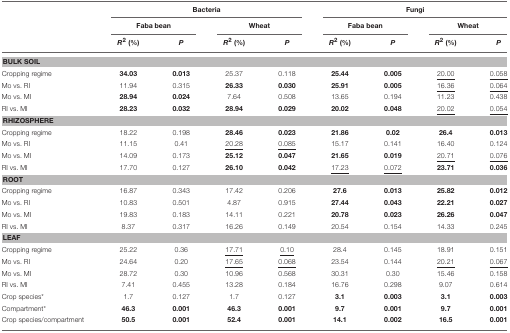
<table><thead><tr><td></td><td colspan="4"><b>Bacteria</b></td><td colspan="4"><b>Fungi</b></td></tr><tr><td></td><td colspan="2"><b>Faba bean</b></td><td colspan="2"><b>Wheat</b></td><td colspan="2"><b>Faba bean</b></td><td colspan="2"><b>Wheat</b></td></tr><tr><td></td><td><b><i>R</i><sup>2</sup> (%)</b></td><td><b><i>P</i></b></td><td><b><i>R</i><sup>2</sup> (%)</b></td><td><b><i>P</i></b></td><td><b><i>R</i><sup>2</sup> (%)</b></td><td><b><i>P</i></b></td><td><b><i>R</i><sup>2</sup> (%)</b></td><td><b><i>P</i></b></td></tr></thead><tbody><tr><td colspan="9"><b>BULK SOIL</b></td></tr><tr><td>Cropping regime</td><td><b>34.03</b></td><td><b>0.013</b></td><td>25.37</td><td>0.118</td><td><b>25.44</b></td><td><b>0.005</b></td><td><underline>20.00</underline></td><td><underline>0.058</underline></td></tr><tr><td>Mo vs. RI</td><td>11.94</td><td>0.315</td><td><b>26.33</b></td><td><b>0.030</b></td><td><b>25.91</b></td><td><b>0.005</b></td><td><underline>16.36</underline></td><td><underline>0.064</underline></td></tr><tr><td>Mo vs. MI</td><td><b>28.94</b></td><td><b>0.024</b></td><td>7.64</td><td>0.508</td><td>13.65</td><td>0.194</td><td>11.23</td><td>0.438</td></tr><tr><td>RI vs. MI</td><td><b>28.23</b></td><td><b>0.032</b></td><td><b>28.94</b></td><td><b>0.029</b></td><td><b>20.02</b></td><td><b>0.048</b></td><td><underline>20.02</underline></td><td><underline>0.054</underline></td></tr><tr><td colspan="9"><b>RHIZOSPHERE</b></td></tr><tr><td>Cropping regime</td><td>18.22</td><td>0.198</td><td><b>28.46</b></td><td><b>0.023</b></td><td><b>21.86</b></td><td><b>0.02</b></td><td><b>26.4</b></td><td><b>0.013</b></td></tr><tr><td>Mo vs. RI</td><td>11.15</td><td>0.41</td><td><underline>20.28</underline></td><td><underline>0.085</underline></td><td>15.17</td><td>0.141</td><td>16.40</td><td>0.124</td></tr><tr><td>Mo vs. MI</td><td>14.09</td><td>0.173</td><td><b>25.12</b></td><td><b>0.047</b></td><td><b>21.65</b></td><td><b>0.019</b></td><td><underline>20.71</underline></td><td><underline>0.076</underline></td></tr><tr><td>RI vs. MI</td><td>17.70</td><td>0.127</td><td><b>26.10</b></td><td><b>0.042</b></td><td><underline>17.23</underline></td><td><underline>0.072</underline></td><td><b>23.71</b></td><td><b>0.036</b></td></tr><tr><td colspan="9"><b>ROOT</b></td></tr><tr><td>Cropping regime</td><td>16.87</td><td>0.343</td><td>17.42</td><td>0.206</td><td><b>27.6</b></td><td><b>0.013</b></td><td><b>25.82</b></td><td><b>0.012</b></td></tr><tr><td>Mo vs. RI</td><td>10.83</td><td>0.501</td><td>4.87</td><td>0.915</td><td><b>27.44</b></td><td><b>0.043</b></td><td><b>22.21</b></td><td><b>0.027</b></td></tr><tr><td>Mo vs. MI</td><td>19.83</td><td>0.183</td><td>14.11</td><td>0.221</td><td><b>20.78</b></td><td><b>0.023</b></td><td><b>26.26</b></td><td><b>0.047</b></td></tr><tr><td>RI vs. MI</td><td>8.37</td><td>0.317</td><td>16.26</td><td>0.149</td><td>20.54</td><td>0.154</td><td>14.33</td><td>0.245</td></tr><tr><td colspan="9"><b>LEAF</b></td></tr><tr><td>Cropping regime</td><td>25.22</td><td>0.36</td><td><underline>17.71</underline></td><td><underline>0.10</underline></td><td>28.4</td><td>0.145</td><td>18.91</td><td>0.151</td></tr><tr><td>Mo vs. RI</td><td>24.64</td><td>0.20</td><td><underline>17.65</underline></td><td><underline>0.068</underline></td><td>23.54</td><td>0.144</td><td><underline>20.21</underline></td><td><underline>0.067</underline></td></tr><tr><td>Mo vs. MI</td><td>28.72</td><td>0.30</td><td>10.96</td><td>0.568</td><td>30.31</td><td>0.30</td><td>15.46</td><td>0.158</td></tr><tr><td>RI vs. MI</td><td>7.41</td><td>0.455</td><td>13.28</td><td>0.184</td><td>16.76</td><td>0.298</td><td>9.07</td><td>0.614</td></tr><tr><td>Crop species<sup>*</sup></td><td>1.7</td><td>0.127</td><td>1.7</td><td>0.127</td><td><b>3.1</b></td><td><b>0.003</b></td><td><b>3.1</b></td><td><b>0.003</b></td></tr><tr><td>Compartment<sup>*</sup></td><td><b>46.3</b></td><td><b>0.001</b></td><td><b>46.3</b></td><td><b>0.001</b></td><td><b>9.7</b></td><td><b>0.001</b></td><td><b>9.7</b></td><td><b>0.001</b></td></tr><tr><td>Crop species/compartment</td><td><b>50.5</b></td><td><b>0.001</b></td><td><b>52.4</b></td><td><b>0.001</b></td><td><b>14.1</b></td><td><b>0.002</b></td><td><b>16.5</b></td><td><b>0.001</b></td></tr></tbody></table>